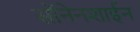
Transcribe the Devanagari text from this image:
सोंनेनशाईन